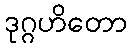
ဒုဂ္ဂဟိတော